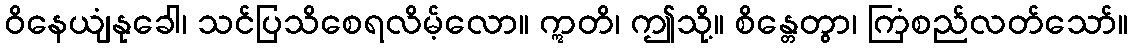
ဝိနေယျံနုခေါ၊ သင်ပြသိစေရလိမ့်လော။ ဣတိ၊ ဤသို့။ စိန္တေတွာ၊ ကြံစည်လတ်သော်။